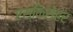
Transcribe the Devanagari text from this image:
एस्किसेहर